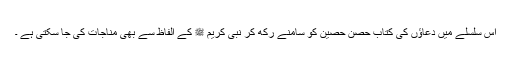
اس سلسلے میں دعاؤں کی کتاب حصنِ حصین کو سامنے رکھ کر نبی کریم ﷺ کے الفاظ سے بھی مناجات کی جا سکتی ہے ۔